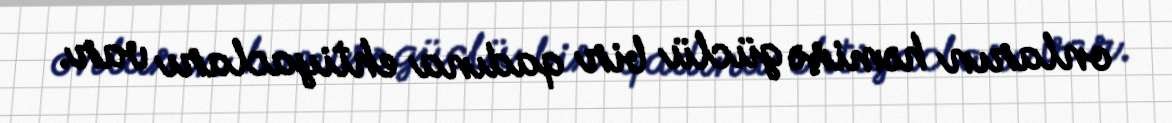
onların həmişə güclü bir qadına ehtiyacları var.